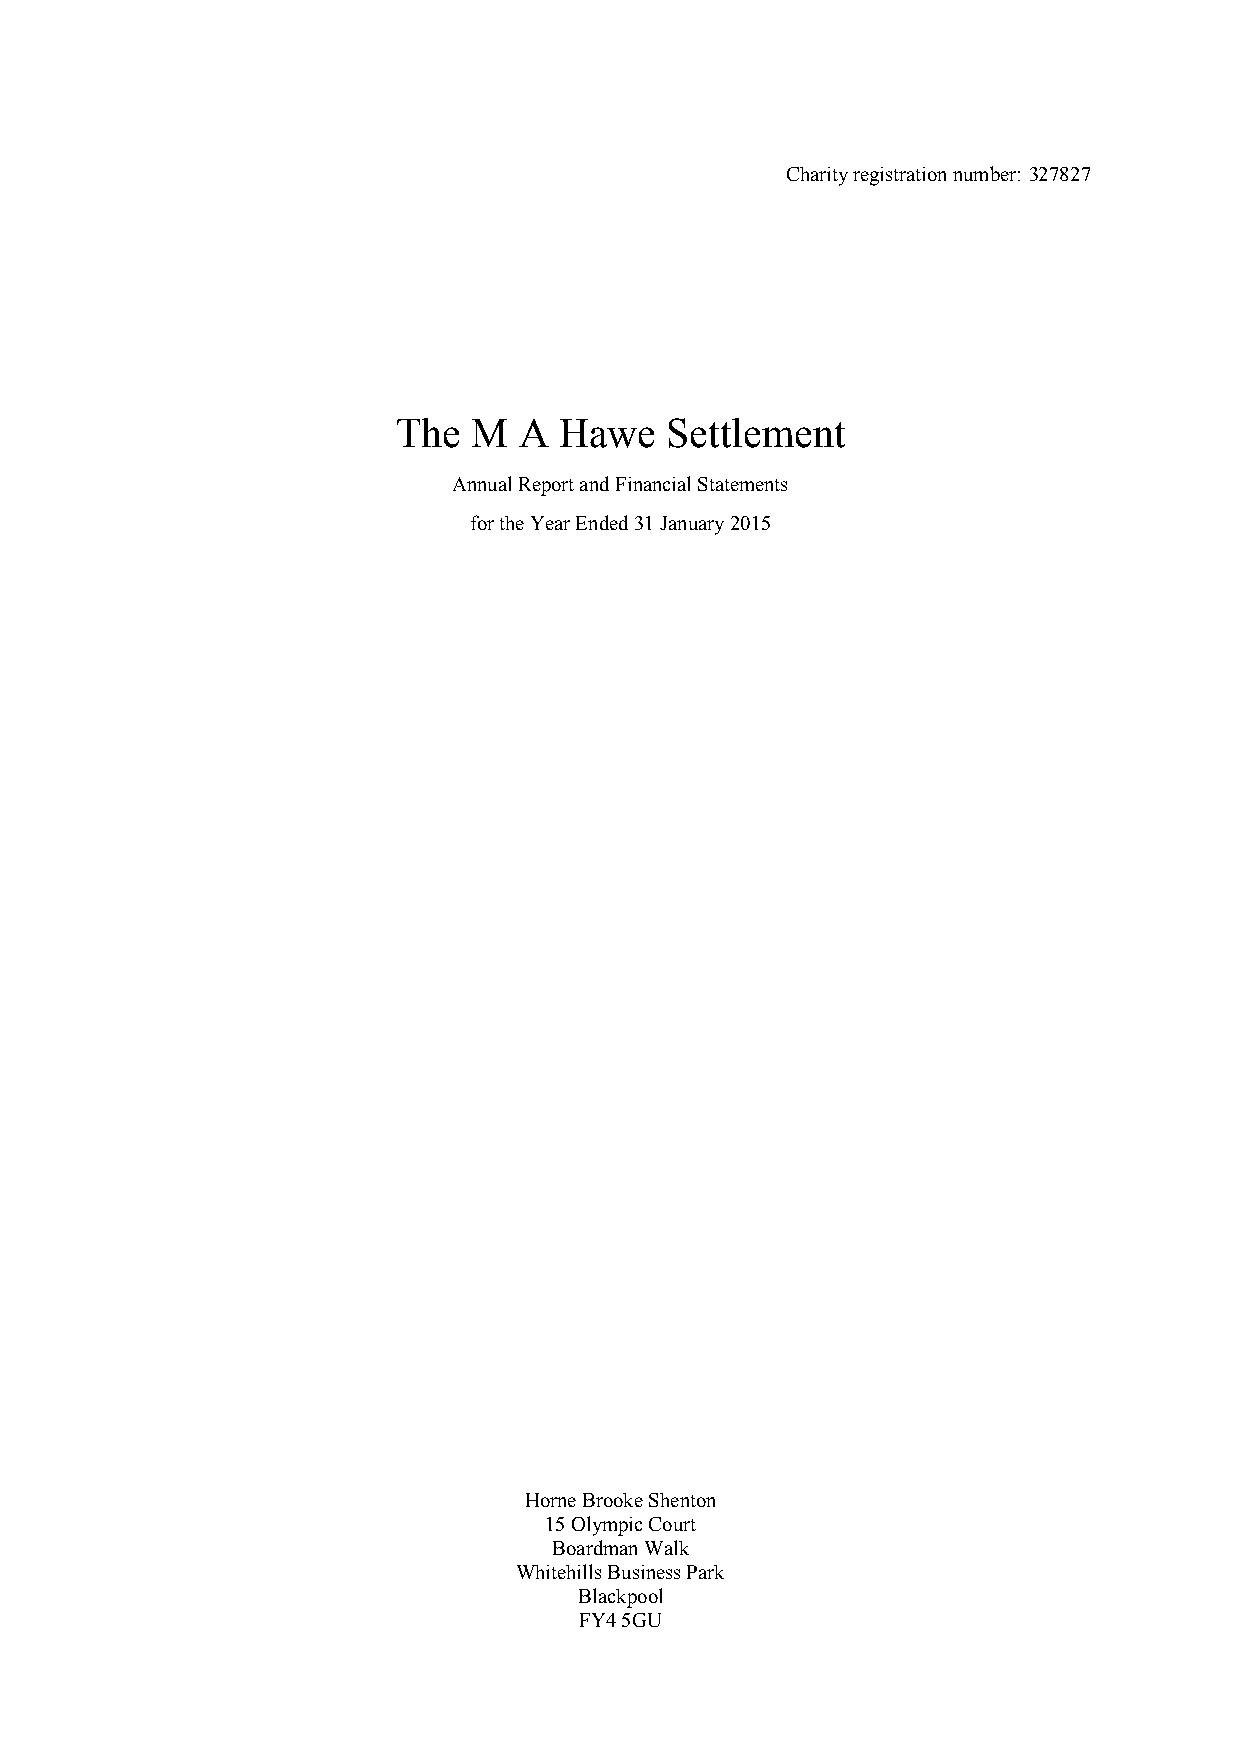
Charity registration number: 327827
 The  M  A  Hawe   Settlement
 Annual Report andFinancial Statements
 for the Year Ended31 January 2015
 Horne Brooke Shenton
 15 Olympic Court
 Boardman Walk
 Whitehills Business Park
 Blackpool
 FY4 5GU